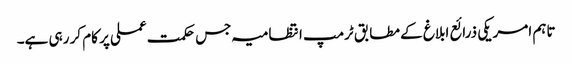
تاہم امریکی ذرائع ابلاغ کے مطابق ٹرمپ انتظامیہ جس حکمت عملی پر کام کر رہی ہے۔